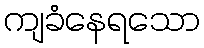
ကျခံနေရသော